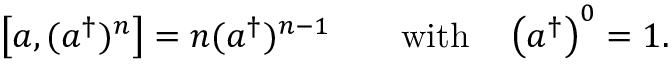
\left[ a , ( a ^ { \dagger } ) ^ { n } \right] = n ( a ^ { \dagger } ) ^ { n - 1 } \qquad { \mathrm { w i t h } } \quad \left( a ^ { \dagger } \right) ^ { 0 } = 1 .